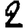
Digit: 2